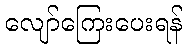
လျော်ကြေးပေးရန်